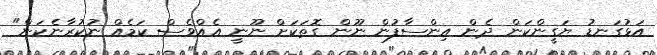
އަޅުގަނޑު ޔަގީންކަން ދެން އިންސާފުން ނޫން ގޮތަކަށް ނޫނީ އެއްވެސް ކަމެއް ނުކުރާނެކަން"